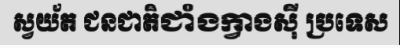
ស្វយ័ត ជនជាតិជាំងក្វាងស៊ី ប្រទេស